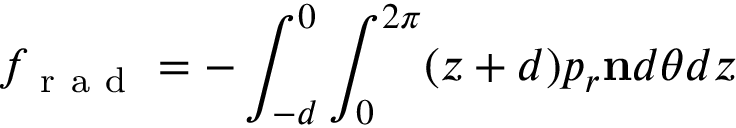
f _ { \mathrm { ~ r ~ a ~ d ~ } } = - \int _ { - d } ^ { 0 } \int _ { 0 } ^ { 2 \pi } ( z + d ) p _ { r } \mathbf { n } d \theta d z